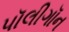
પૉલીગૉન